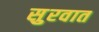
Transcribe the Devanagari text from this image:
सुुरवात